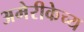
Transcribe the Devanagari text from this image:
अमेरीकेच्य